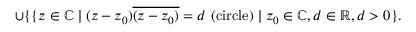
\cup \{ \{ z \in \mathbb { C } \mid ( z - z _ { 0 } ) { \overline { { ( z - z _ { 0 } ) } } } = d \ { \mathrm { ( c i r c l e ) } } \mid z _ { 0 } \in \mathbb { C } , d \in \mathbb { R } , d > 0 \} .